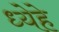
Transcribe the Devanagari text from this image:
ध्येहे